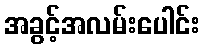
အခွင့်အလမ်းပေါင်း